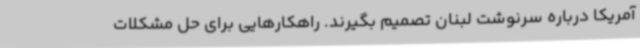
آمریکا درباره سرنوشت لبنان تصمیم بگیرند. راهکارهایی برای حل مشکلات